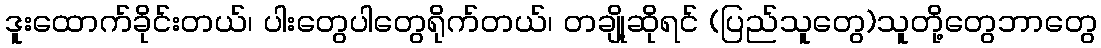
ဒူးထောက်ခိုင်းတယ်၊ ပါးတွေပါတွေရိုက်တယ်၊ တချို့ဆိုရင် (ပြည်သူတွေ)သူတို့တွေဘာတွေ